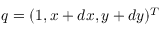
q = ( 1 , x + d x , y + d y ) ^ { T }